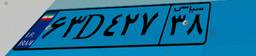
۶۳D۴۲۷۳۸